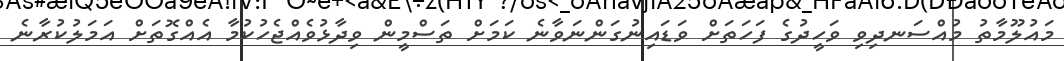
މައުލޫމާތު މުއްސަނދިވި ވަހީދުގެ ފަހަތަށް ވަޑައިނުގަންނަވާނެ ކަމަށް ތަސްމީން ވިދާޅުވެއްޖެހުކުމާ އެއްގޮތަށް އަމަލުކުރާނެ